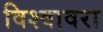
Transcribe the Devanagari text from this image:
विश्वावरा